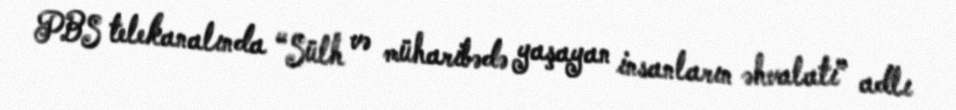
PBS telekanalında “Sülh və müharibədə yaşayan insanların əhvalatı” adlı